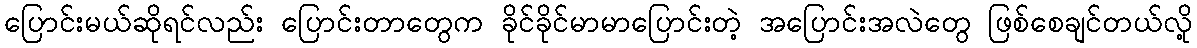
ပြောင်းမယ်ဆိုရင်လည်း ပြောင်းတာတွေက ခိုင်ခိုင်မာမာပြောင်းတဲ့ အပြောင်းအလဲတွေ ဖြစ်စေချင်တယ်လို့